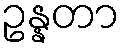
ဥန္နတာ